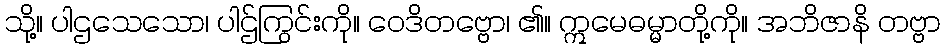
သို့။ ပါဌသေသော၊ ပါဌ်ကြွင်းကို။ ဝေဒိတဗ္ဗော၊ ၏။ ဣမေဓမ္မာတို့ကို။ အဘိဇာနိ တဗ္ဗာ